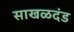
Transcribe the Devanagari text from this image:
साखळदंड